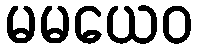
မမယေဝ